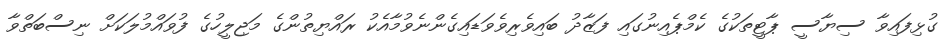
ގުޅިފައިވާ ސިޔާސީ ޕާޓީތަކުގެ ކެމްޕެއިނުގައި ފަޒާދު ބައިވެރިވެވަޑައިގެންނެވުމާއެކު ރައްޔިތުންގެ މަޖިލީހުގެ ފުވައްމުލަކަށް ނިސްބަތްވާ